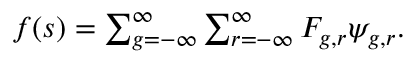
\begin{array} { r } { f ( s ) = \sum _ { g = - \infty } ^ { \infty } \sum _ { r = - \infty } ^ { \infty } F _ { g , r } \psi _ { g , r } . } \end{array}